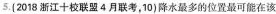
5.(2018浙江十校联盟4月联考，10)降水最多的位置最可能在该